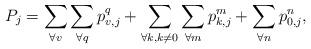
LaTeX: \begin{align*} P_j=\sum\limits_{\forall v}\sum\limits_{\forall q} p_{v,j}^q + \sum\limits_{\forall k, k\ne0}\sum\limits_{\forall m} p_{k,j}^m +\sum\limits_{\forall n} p_{0,j}^n,\end{align*}